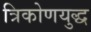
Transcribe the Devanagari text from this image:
त्रिकोणयुद्ध